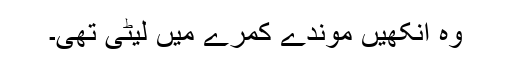
وہ آنکھیں موندے کمرے میں لیٹی تھی۔